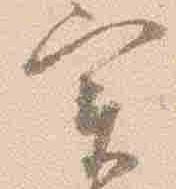
実